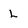
Character: l